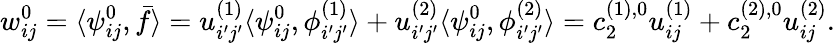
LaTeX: w_{ij}^{0}=\langle\psi_{ij}^{0},\bar{f}\rangle=u_{i^{\prime}j^{\prime}}^{(1)}\langle\psi_{ij}^{0},\phi_{i^{\prime}j^{\prime}}^{(1)}\rangle+u_{i^{\prime}j^{\prime}}^{(2)}\langle\psi_{ij}^{0},\phi_{i^{\prime}j^{\prime}}^{(2)}\rangle=c_{2}^{(1),0}u_{ij}^{(1)}+c_{2}^{(2),0}u_{ij}^{(2)}.